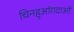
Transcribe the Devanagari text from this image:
चिनहुआंगदाओ